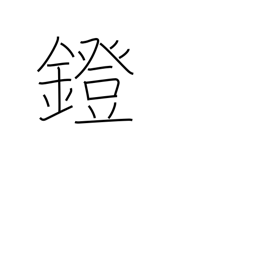
Meaning: stirrup